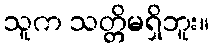
သူက သတ္တိမရှိဘူး။